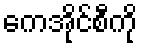
ကေအိုင်စီကို